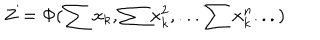
Z = \Phi ( \sum x _ { k } , \sum x _ { k } ^ { 2 } , . . . \sum x _ { k } ^ { n } . . . )